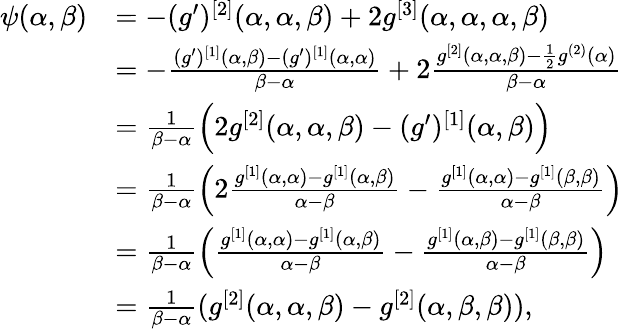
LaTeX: \begin{array}{rl}{\psi(\alpha,\beta)}&{=-(g^{\prime})^{[2]}(\alpha,\alpha,\beta)+2g^{[3]}(\alpha,\alpha,\alpha,\beta)}\\ &{=-\frac{(g^{\prime})^{[1]}(\alpha,\beta)-(g^{\prime})^{[1]}(\alpha,\alpha)}{\beta-\alpha}+2\frac{g^{[2]}(\alpha,\alpha,\beta)-\frac{1}{2}g^{(2)}(\alpha)}{\beta-\alpha}}\\ &{=\frac{1}{\beta-\alpha}\Big(2g^{[2]}(\alpha,\alpha,\beta)-(g^{\prime})^{[1]}(\alpha,\beta)\Big)}\\ &{=\frac{1}{\beta-\alpha}\Big(2\frac{g^{[1]}(\alpha,\alpha)-g^{[1]}(\alpha,\beta)}{\alpha-\beta}-\frac{g^{[1]}(\alpha,\alpha)-g^{[1]}(\beta,\beta)}{\alpha-\beta}\Big)}\\ &{=\frac{1}{\beta-\alpha}\Big(\frac{g^{[1]}(\alpha,\alpha)-g^{[1]}(\alpha,\beta)}{\alpha-\beta}-\frac{g^{[1]}(\alpha,\beta)-g^{[1]}(\beta,\beta)}{\alpha-\beta}\Big)}\\ &{=\frac{1}{\beta-\alpha}(g^{[2]}(\alpha,\alpha,\beta)-g^{[2]}(\alpha,\beta,\beta)),}\end{array}